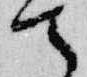
て